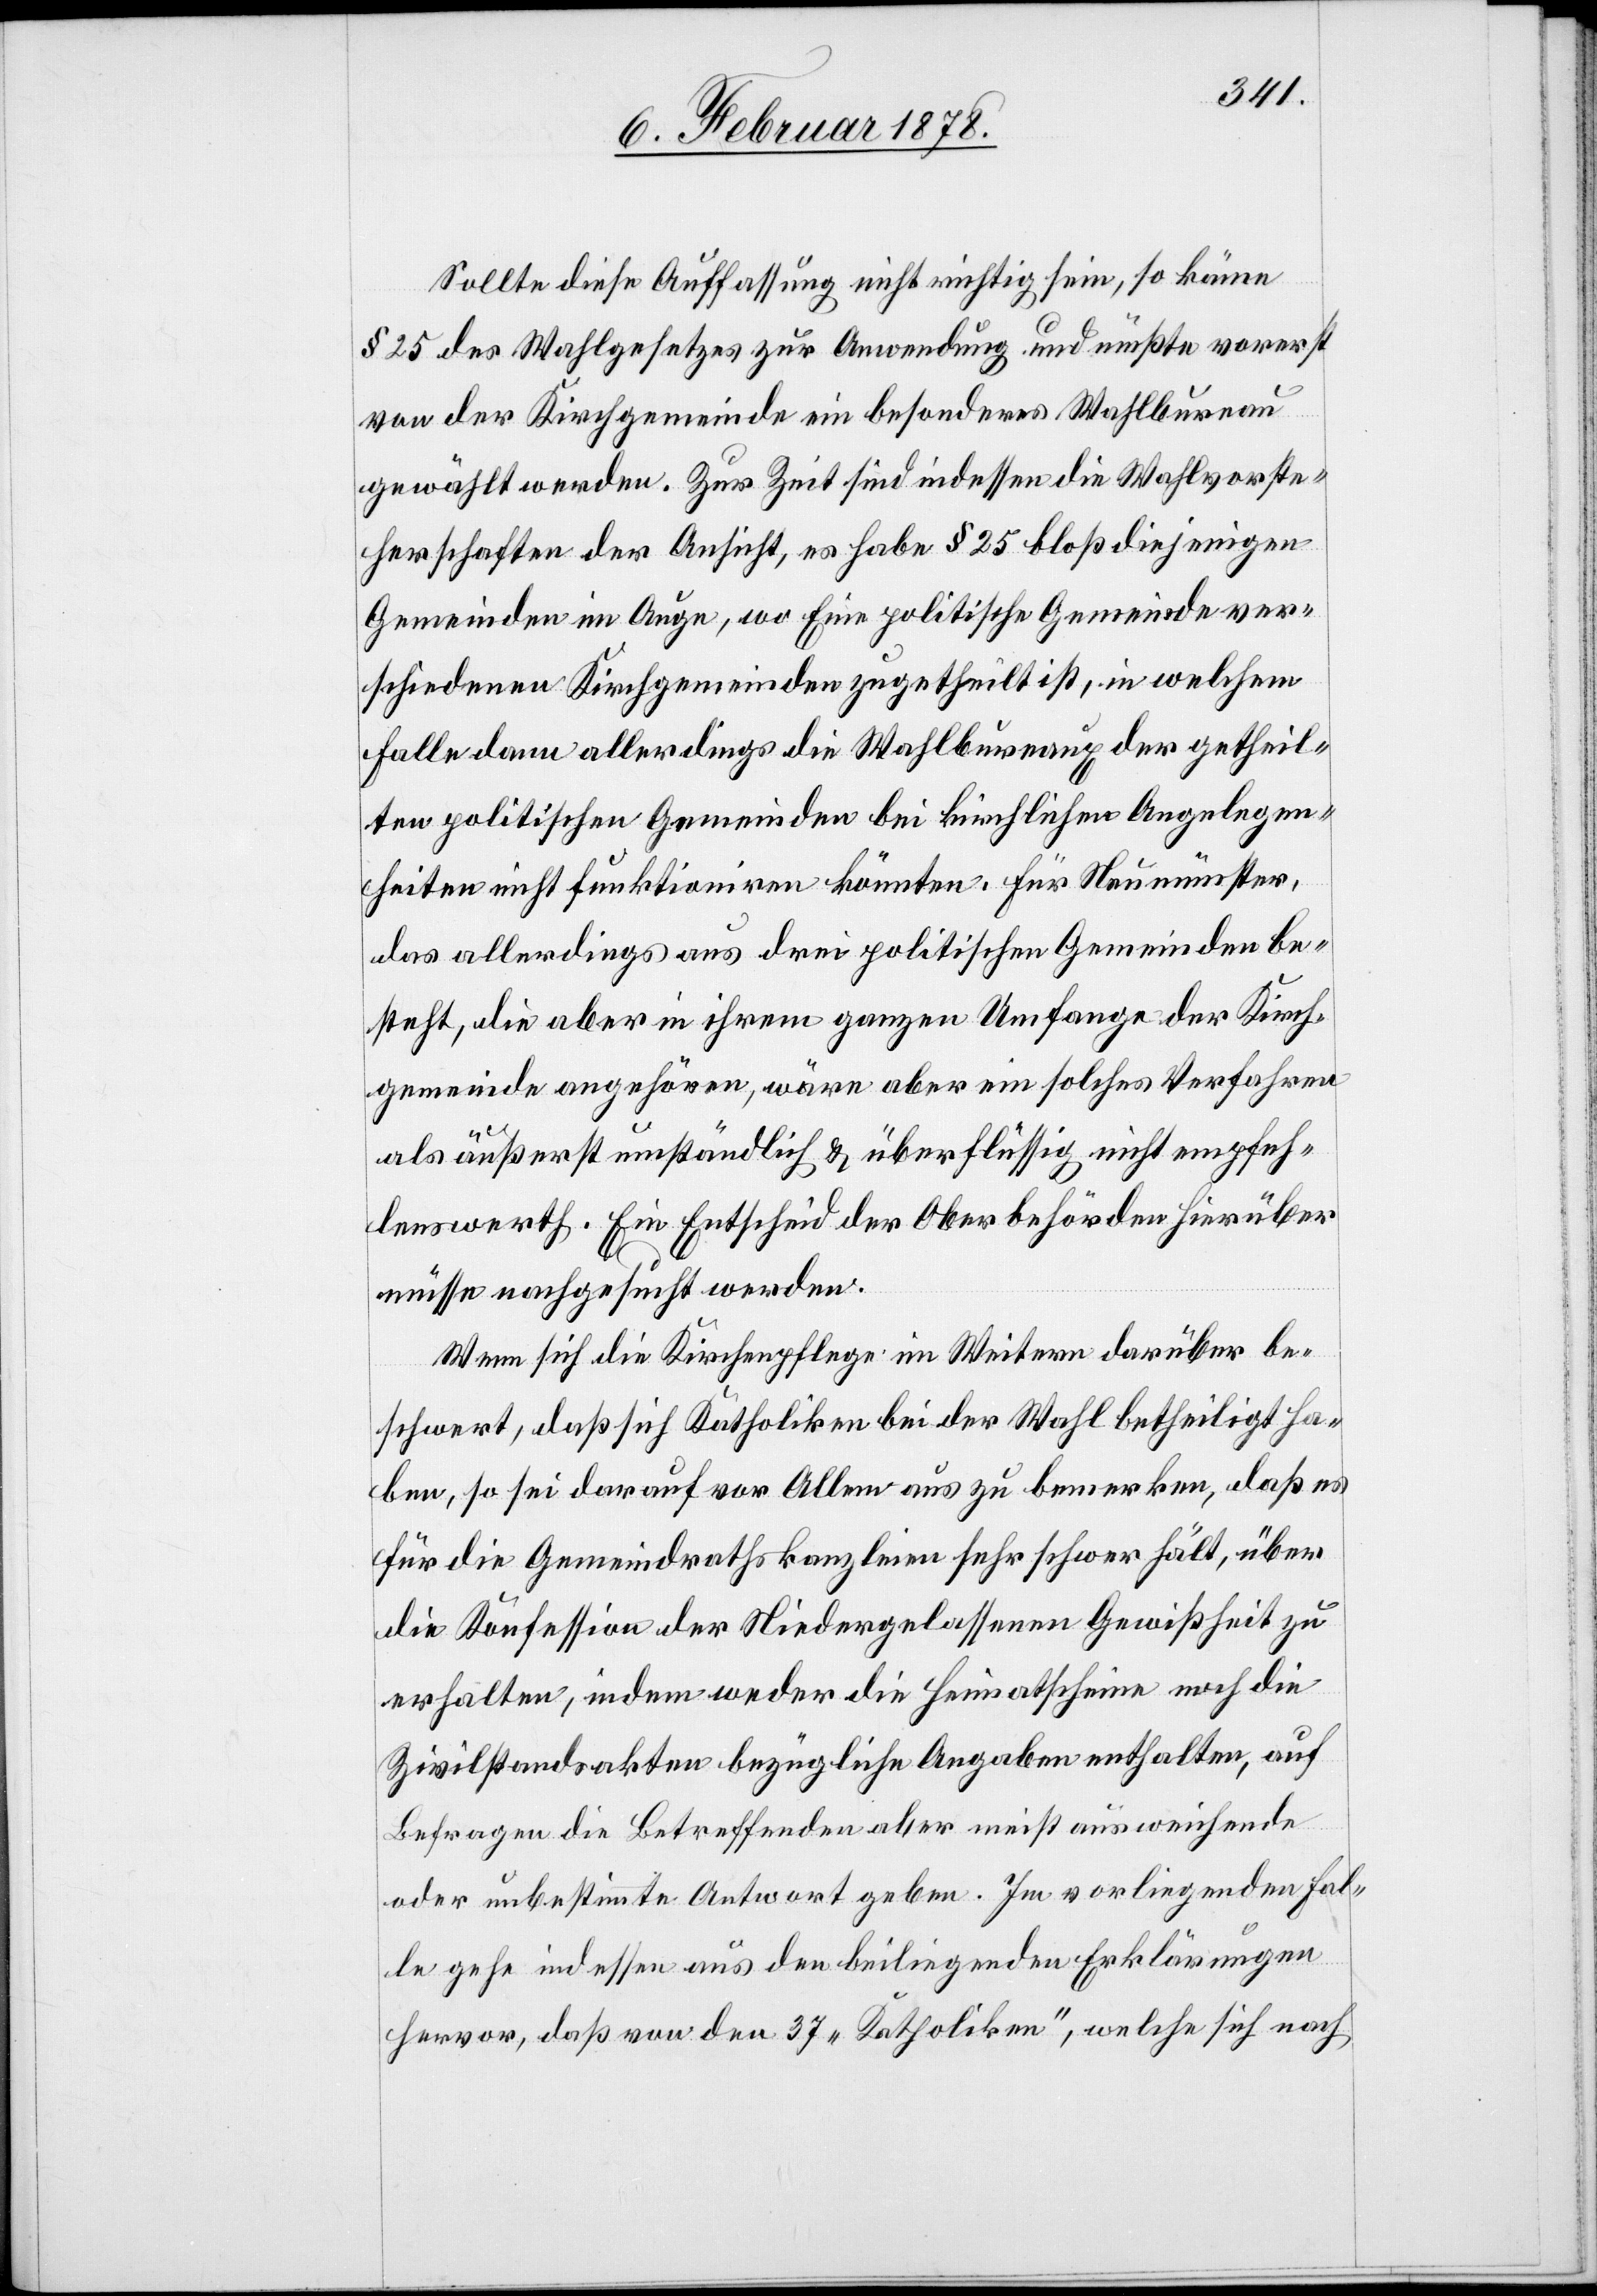
Sollte diese Auffassung nicht richtig sein, so käme
§ 25 des Wahlgesetzes zur Anwendung und müßte vorerst
von der Kirchgemeinde ein besonderes Wahlbureau
gewählt werden. Zur Zeit sind indessen die Wahlvorste¬
herschaften der Ansicht, es habe § 25 bloß diejenigen
Gemeinden im Auge, wo Eine politische Gemeinde ver¬
schiedenen Kirchgemeinden zugetheilt ist, in welchem
Falle dann allerdings die Wahlbureaux der getheil¬
ten politischen Gemeinden bei kirchlichen Angelegen¬
heiten nicht funktioniren könnten, für Neumünster,
das allerdings aus drei politischen Gemeinden be¬
steht, die aber in ihrem ganzen Umfange der Kirch¬
gemeinde angehören, wäre aber ein solches Verfahren
als äußerst umständlich & überflüssig nicht empfeh¬
lenswerth. Ein Entscheid der Oberbehörden hierüber
müsse nachgesucht werden.
Wenn sich die Kirchenpflege im Weitern darüber be¬
schwert, daß sich Katholiken bei der Wahl betheiligt ha¬
ben, so sei darauf vor Allem aus zu bemerken, daß es
für die Gemeindrathskanzleien sehr schwer fäl[l]t, über
die Konzession der Niedergelassenen Gewissheit zu
erhalten, indem weder die Heimatscheine noch die
Zivilstandsakten bezügliche Angaben enthalten, auf
Befragen die Betreffenden aber meist ausweichende
oder unbestimmte Antwort geben. Im vorliegenden Fal¬
le gehe indessen aus den beiliegenden Erklärungen
hervor, daß von den 37 „Katholiken“, welche sich nach